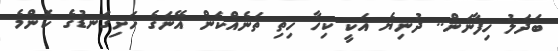
ބަދަލު ހިފާނަން.. ދުނިޔެ އަކީ ކިހާ ހިތި ތަނެއްކަން އޭނަގެ ހަށިގަނޑުގެ ކޮންމެ